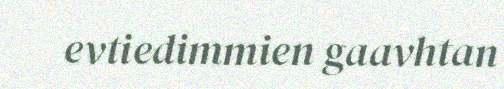
evtiedimmien gaavhtan